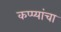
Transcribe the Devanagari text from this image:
कप्प्यांचा